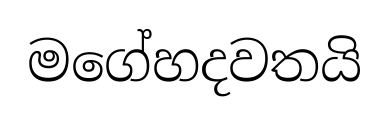
මගේහදවතයි